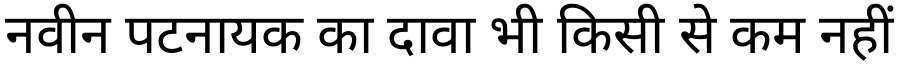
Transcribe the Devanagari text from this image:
नवीन पटनायक का दावा भी किसी से कम नहीं